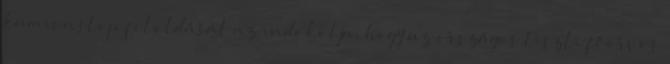
kamionstop feloldását az indokolja, hogy az országos tiszti főorvos